38_143685_box_Incident_Summaries_173-233
Agency: Department of War
Page 52
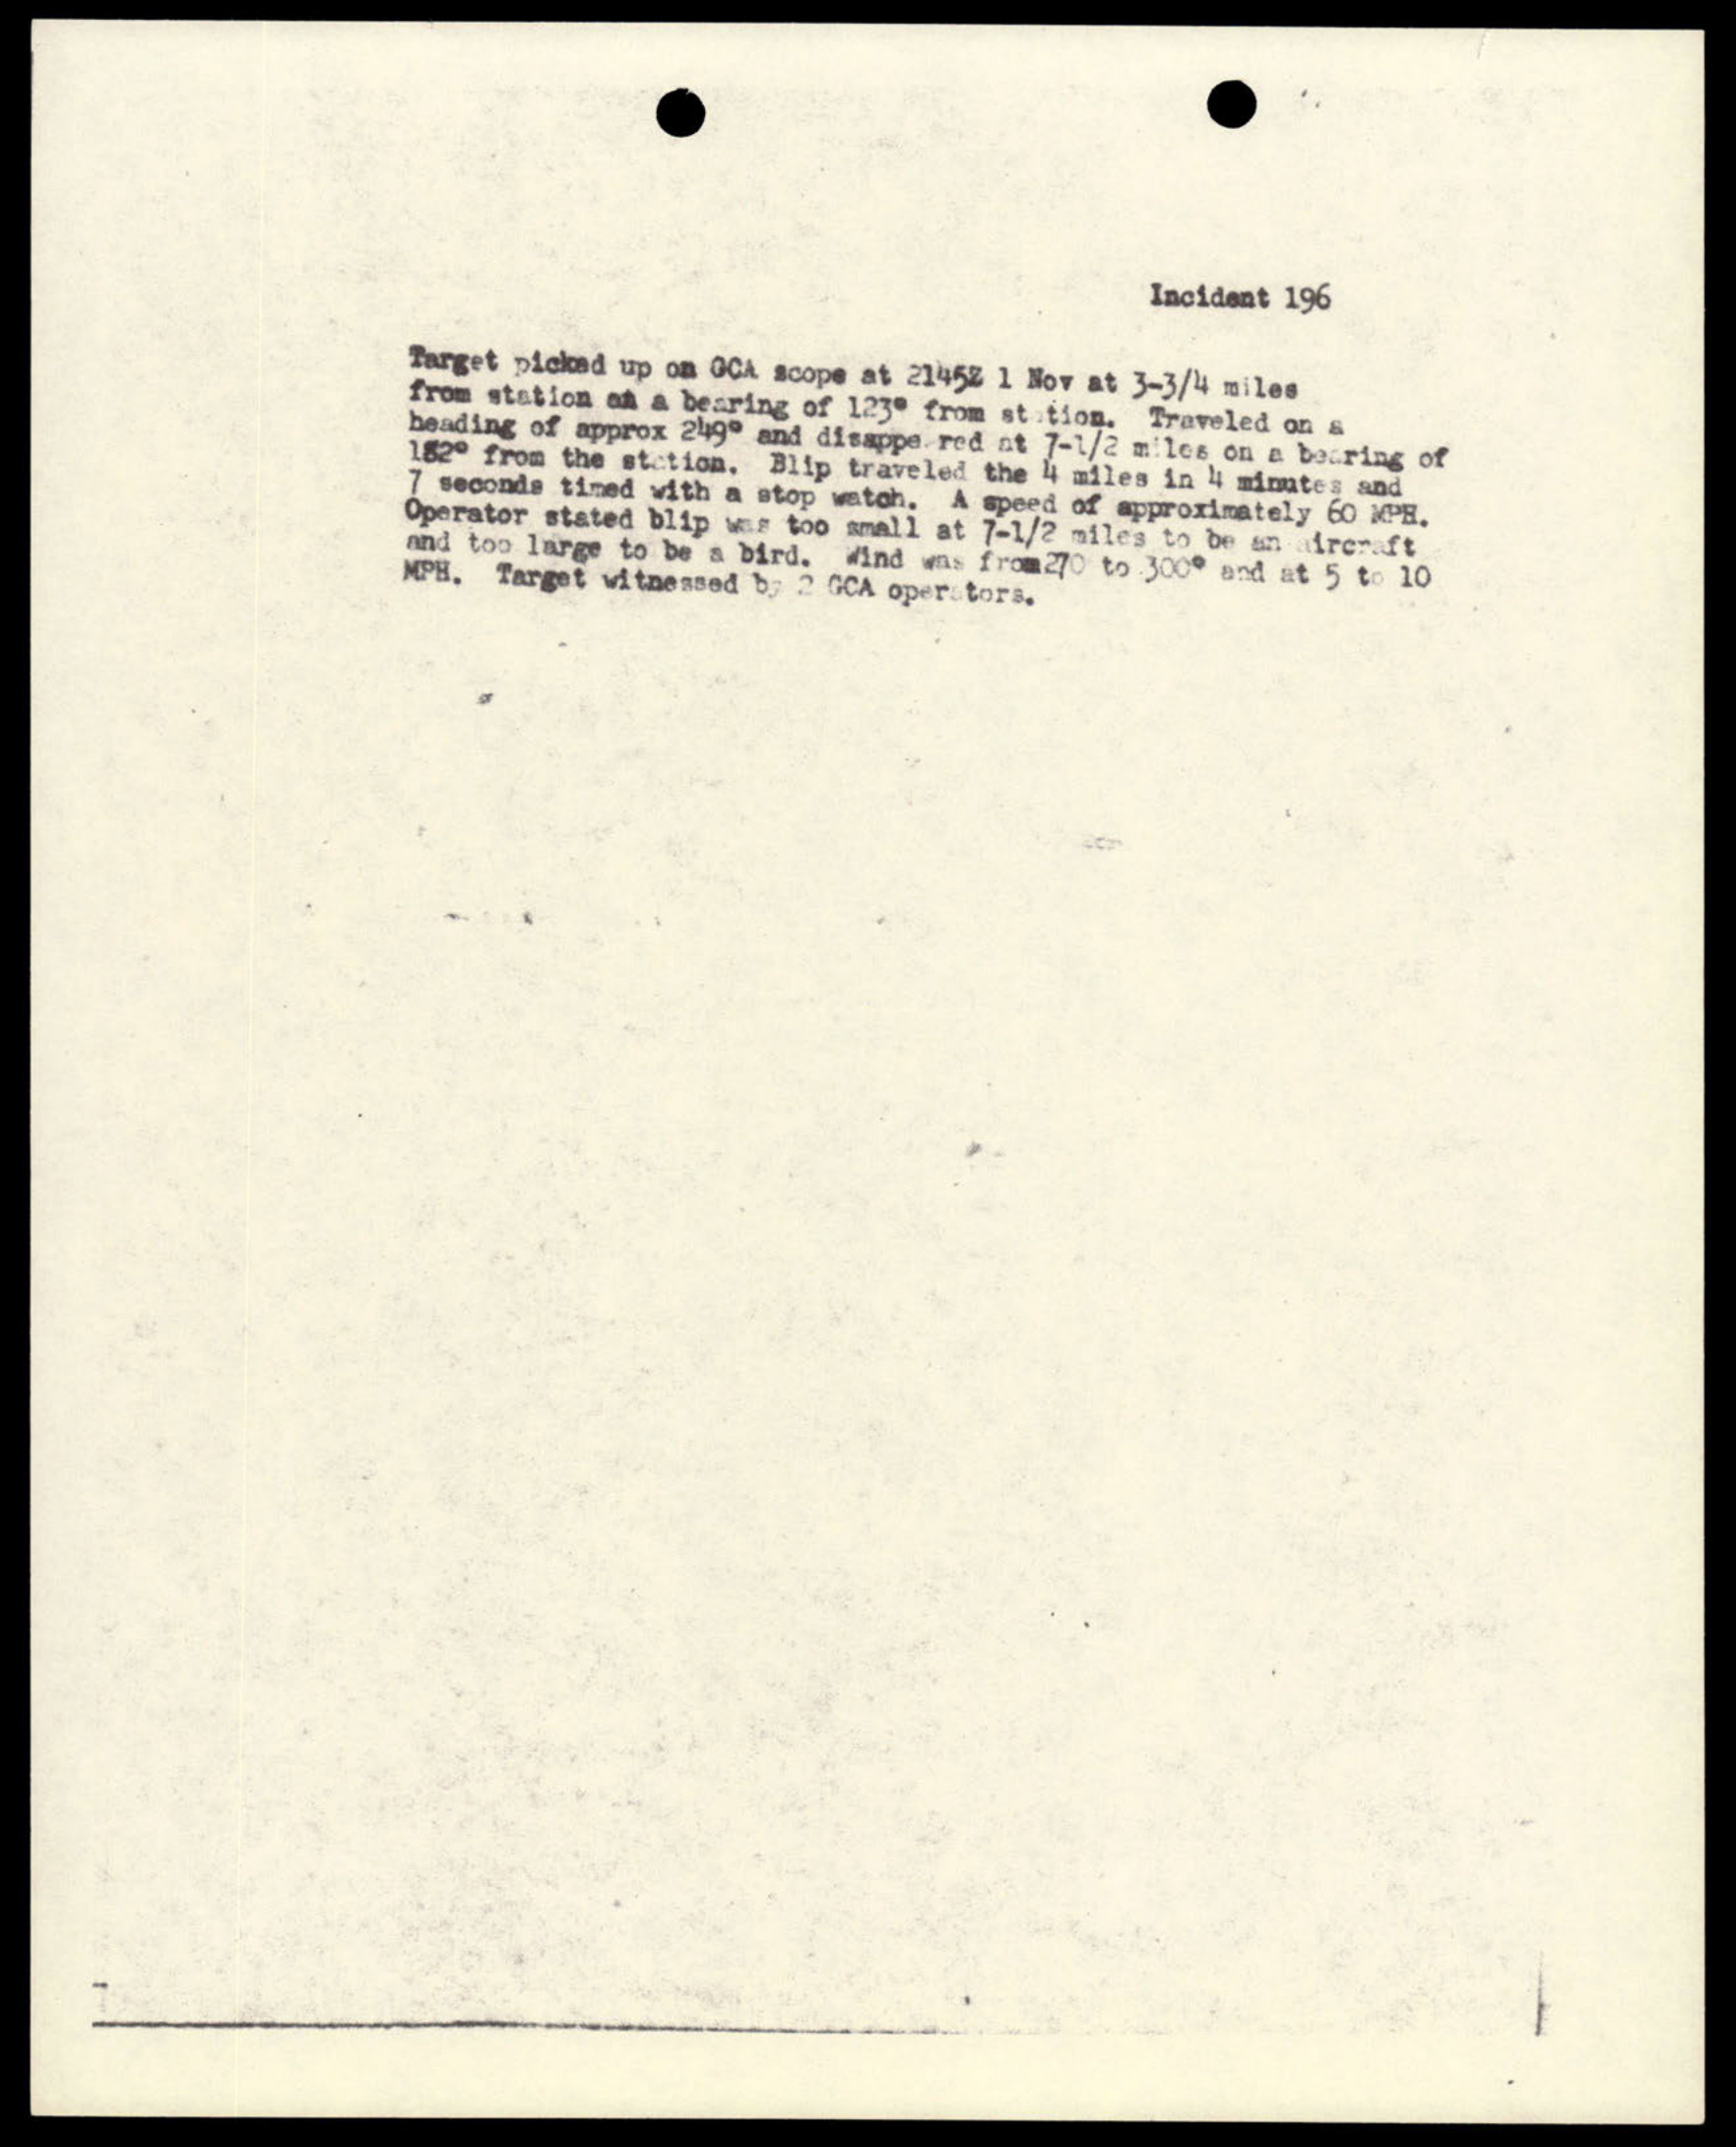